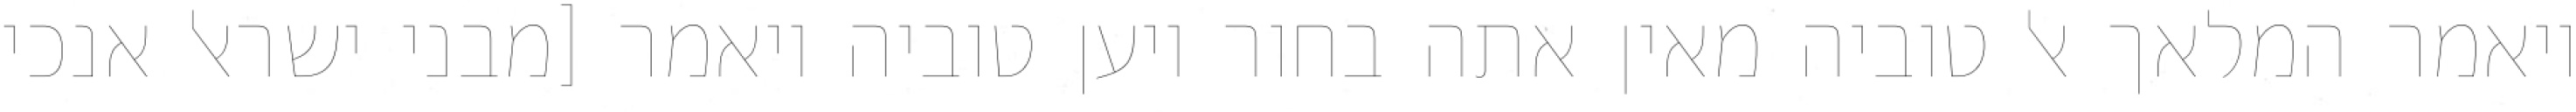
ויאמר המלאך אל טוביה מאין אתה בחור ויען טוביה ויאמר [מבני ישראל אנכי